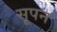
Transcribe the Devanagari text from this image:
सूपन